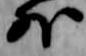
外